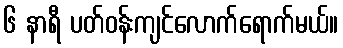
၆ နာရီ ပတ်ဝန်းကျင်လောက်ရောက်မယ်။